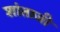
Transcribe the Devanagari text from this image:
शांताजी